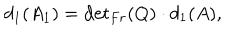
d _ { 1 } ( A _ { 1 } ) = { \det } _ { F r } ( Q ) \cdot d _ { 1 } ( A ) ,